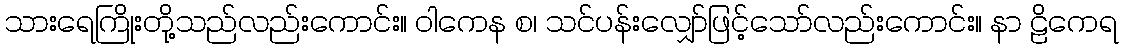
သားရေကြိုးတို့သည်လည်းကောင်း။ ဝါကေန စ၊ သင်ပန်းလျှော်ဖြင့်သော်လည်းကောင်း။ နာ ဠိကေရ